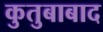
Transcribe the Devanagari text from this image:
कुतुबाबाद